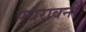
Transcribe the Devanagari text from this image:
पधरावनी